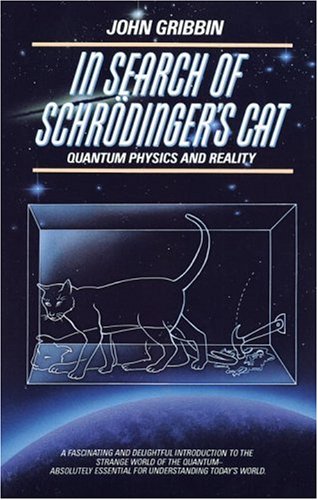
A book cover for In Search of SchrÃ¶dinger's Cat: Quantum Physics and Reality; John Gribbin; Science & Math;